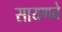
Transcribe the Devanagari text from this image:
सायणने